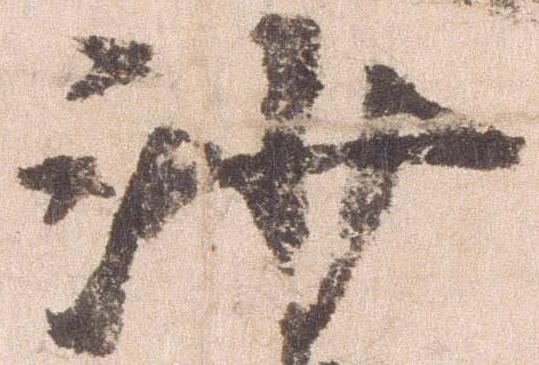
沙